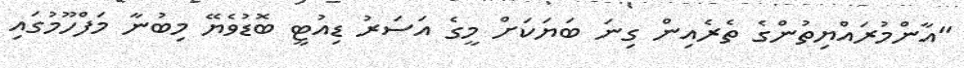
"އާންމުރައްޔިތުންގެ ތެރެއިން ގިނަ ބަޔަކަށް މީގެ އަސަރު ޑިއުޓީ ބޮޑުވެޔޭ މިބުނާ މަފްހޫމުގައި